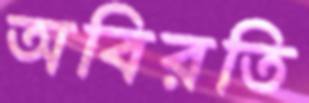
অবিরতি